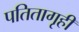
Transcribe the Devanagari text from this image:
पतितागृही